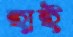
হাই